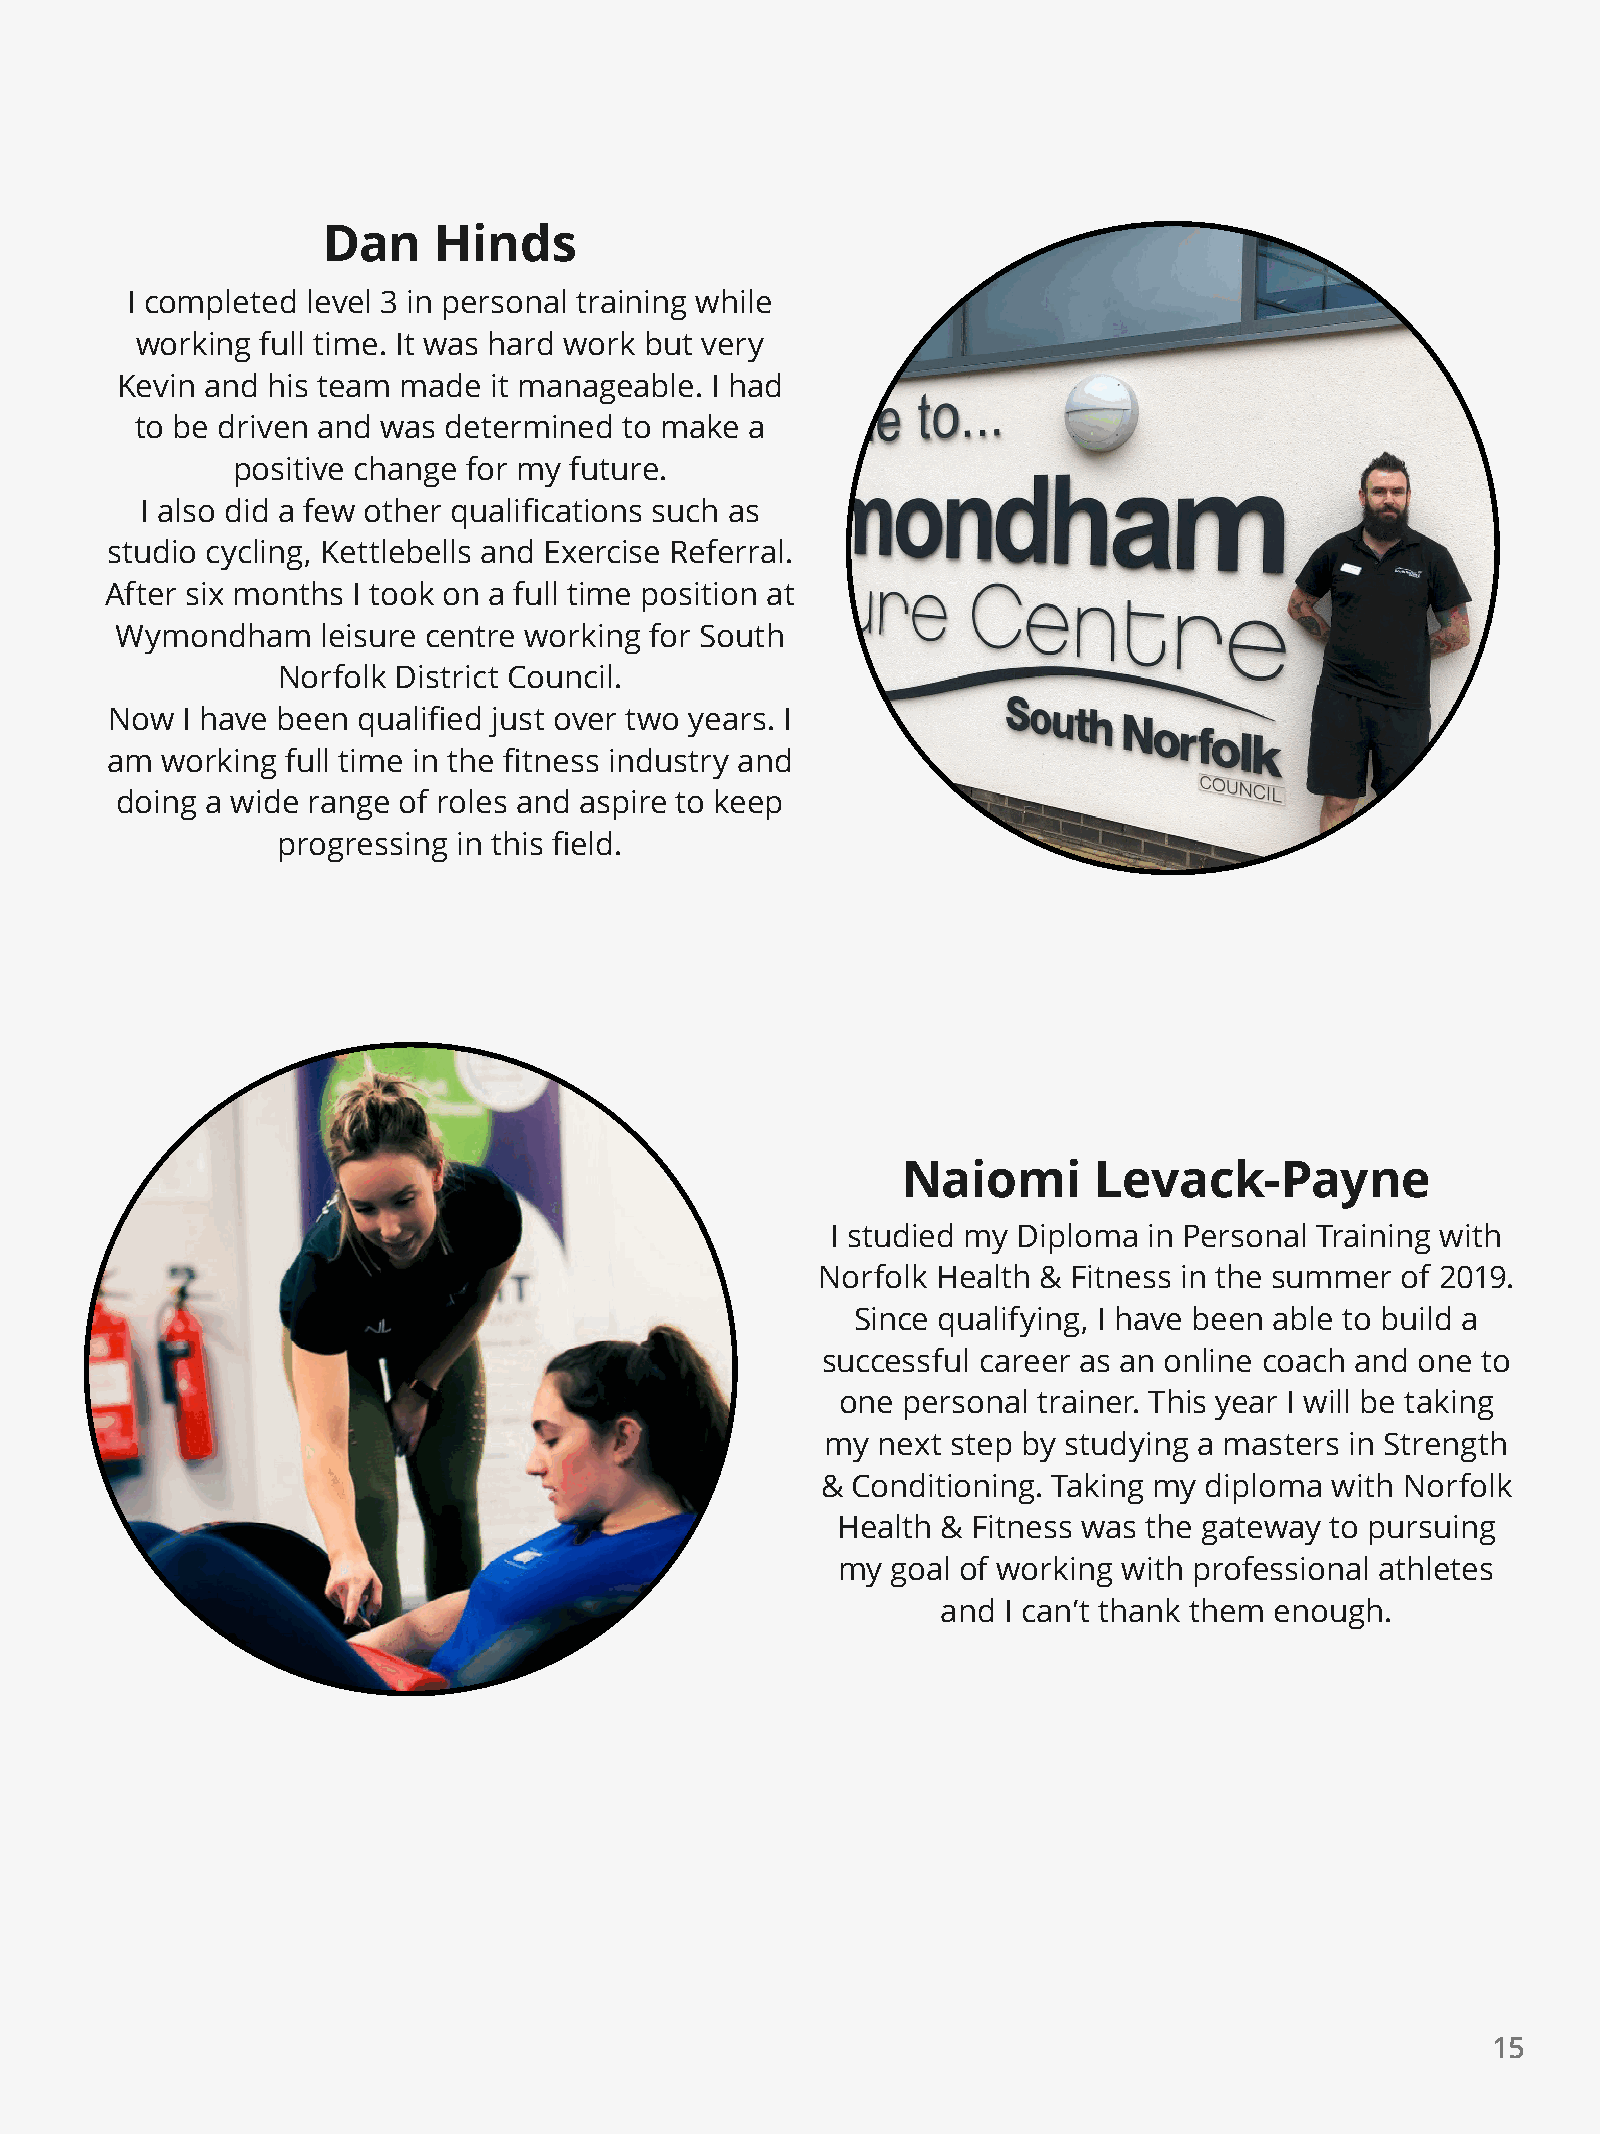
Dan     Hinds
 I completed level 3 in personal training while
 working full time. It was hard work but very
 Kevin and his team made it manageable. I had
 to be driven and was determined to make  a
 positive change for my future.
 I also did a few other qualifications such as
 studio cycling, Kettlebells and Exercise Referral.
 After six months I took on a full time position at
 Wymondham    leisure centre working for South
 Norfolk District Council.
 Now  I have been qualified just over two years. I
 am  working full time in the fitness industry and
 doing a wide range of roles and aspire to keep
 progressing in this field.
 Naiomi      Levack-Payne
 I studied my Diploma in Personal Training with
 Norfolk Health & Fitness in the summer of 2019.
 Since qualifying, I have been able to build a
 successful career as an online coach and one to
 one personal trainer. This year I will be taking
 my next step by studying a masters in Strength
 & Conditioning. Taking my diploma with Norfolk
 Health & Fitness was the gateway to pursuing
 my goal of working with professional athletes
 and I can’t thank them enough.
 15